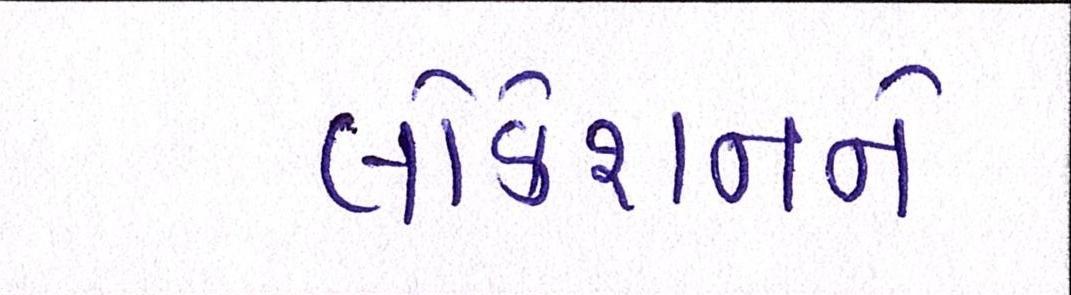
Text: લોકેશનને